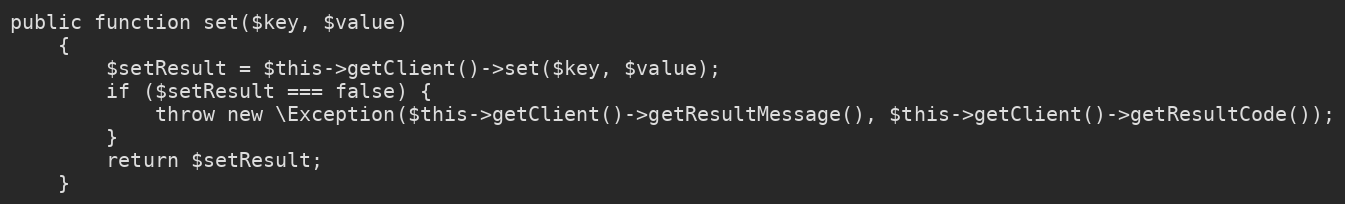
Language: PHP
public function set($key, $value)
    {
        $setResult = $this->getClient()->set($key, $value);
        if ($setResult === false) {
            throw new \Exception($this->getClient()->getResultMessage(), $this->getClient()->getResultCode());
        }
        return $setResult;
    }